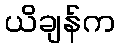
ယိချန်က